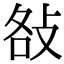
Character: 𢼛